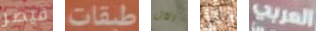
قيصر طبقات الآن بابها العربي